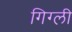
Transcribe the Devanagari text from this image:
गिग्ली